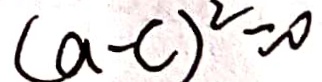
( a - c ) ^ { 2 } = 0